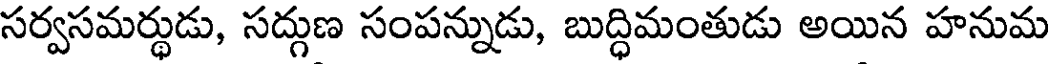
సర్వసమర్థుడు, సద్గుణ సంపన్నుడు, బుద్ధిమంతుడు అయిన హనుమ